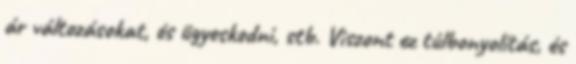
ár változásokat, és ügyeskedni, stb. Viszont ez túlbonyolítás, és